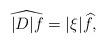
LaTeX: \begin{align*}\widehat{|D|f}=|\xi|\widehat{f},\end{align*}